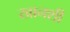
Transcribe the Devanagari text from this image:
खानशी